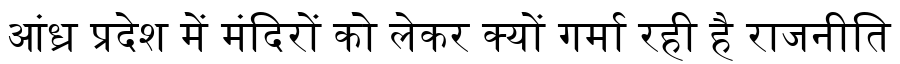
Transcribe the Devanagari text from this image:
आंध्र प्रदेश में मंदिरों को लेकर क्यों गर्मा रही है राजनीति